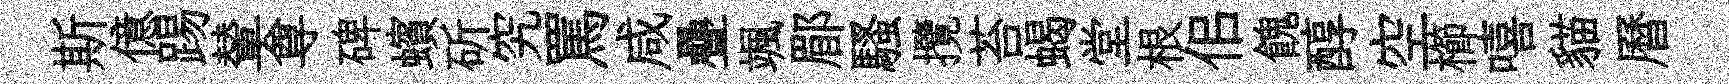
斯億踢輦尊碑蠙斫究罵咸疊颯郿騷攬苔蝎堂根佀餽醇空櫛嘻貓曆